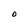
Character: O